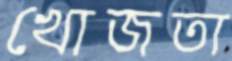
খোজতা